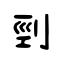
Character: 剄